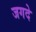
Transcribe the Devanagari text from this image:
जगदे